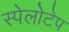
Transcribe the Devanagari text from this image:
स्पेलोटेप